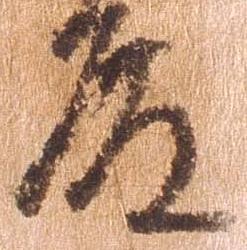
殿